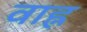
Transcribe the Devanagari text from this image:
वाह्न